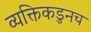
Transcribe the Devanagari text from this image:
व्यक्तिकडुनच